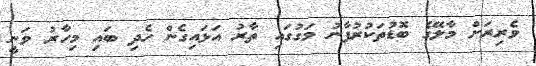
ވެރިރަށް މާލޭގެ ބޮޑުތަކުރުފާނު މަގުގައި ތާރު އަޅައިގެން ހެދި ބައި މިހާރު ވަނީ